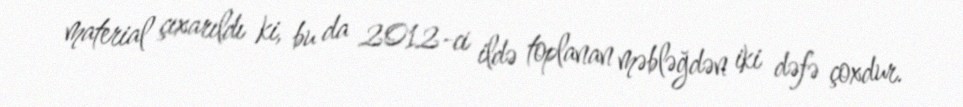
material çıxarıldı ki, bu da 2012-ci ildə toplanan məbləğdən iki dəfə çoxdur.